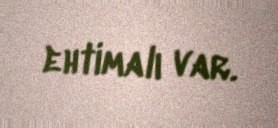
ehtimalı var.